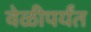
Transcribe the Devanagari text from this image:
वेळीपर्यंत